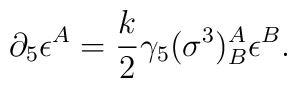
\partial_5\epsilon^A=\frac{k}{2}\gamma_{5}(\sigma^3)^A_B \epsilon^B.